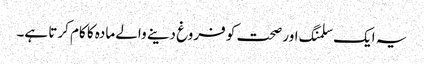
یہ ایک سلمنگ اور صحت کو فروغ دینے والے مادہ کا کام کرتا ہے۔